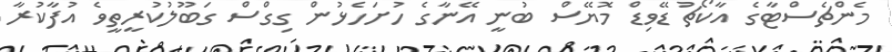
މެންޗެސްޓާގެ އާކޯޗު ޑޭވިޑް މޮޔޭސް ބުނީ އޭނާގެ ހުށަހެޅުން ގިގްސް ގަބޫލުކުރީތީވެ އުފާކުރާ